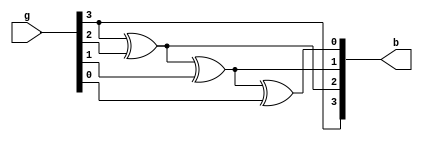
`timescale 1ns / 1ps


module graytobinary_d(
    input [3:0] g,
    output [3:0] b
    );
    
    assign b[3] = g[3];
    assign b[2] = b[3] ^ g[2];
    assign b[1] = b[2] ^ g[1];
    assign b[0] = b[1] ^ g[0];
   
endmodule